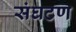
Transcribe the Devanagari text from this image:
संघटण